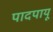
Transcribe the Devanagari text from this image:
पादपायू